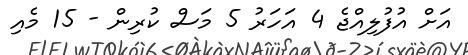
އަށް އުފުލިއްޖެ 4 އަހަރު 5 މަސް ކުރިން - 15 މެއި